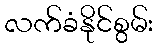
လက်ခံနိုင်စွမ်း